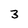
Character: 3